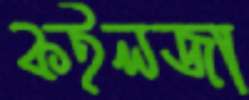
কইলজা